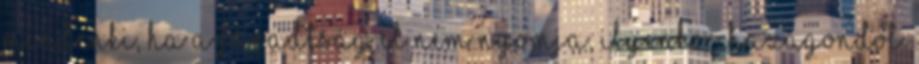
Mindenki, ha a fáradtság el nem nyomja, ilyenkor hazagondol.